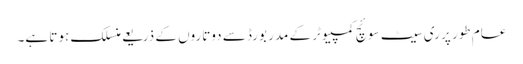
عام طور پر ری سیٹ سوئچ کمپیوٹر کے مدر بورڈ سے دوتاروں کے ذریعے منسلک ہوتا ہے۔